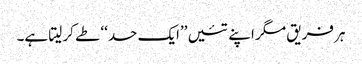
ہر فریق مگر اپنے تئیں ’’ایک حد‘‘ طے کر لیتا ہے۔